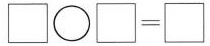
\Box \bigcirc \Box =\Box